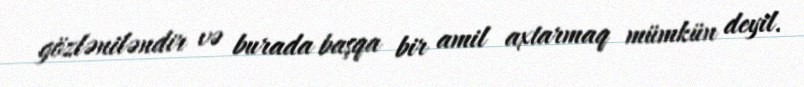
gözləniləndir və burada başqa bir amil axtarmaq mümkün deyil.